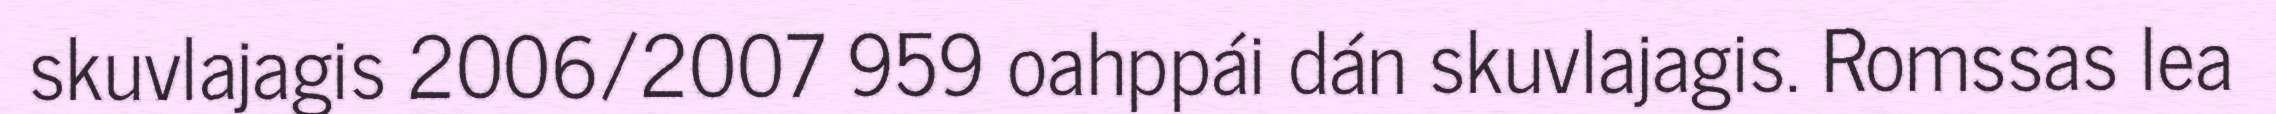
skuvlajagis 2006/2007 959 oahppái dán skuvlajagis. Romssas lea